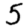
Digit: 5